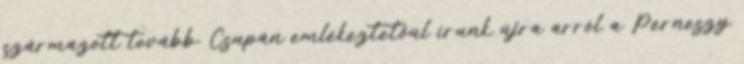
származott tovább. Csupán emlékeztetőül írunk újra arról a Perneszy